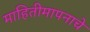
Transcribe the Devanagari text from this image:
माहितीमापनाचे